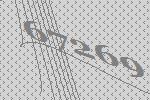
67269